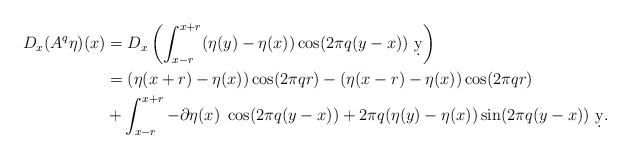
\begin{align*}D_x(A^q\eta)(x) &= D_x\left(\int_{x-r}^{x+r} (\eta(y)-\eta(x))\cos(2\pi q (y-x))\ \d y\right)\\&=(\eta(x+r)-\eta(x))\cos(2\pi q r) - (\eta(x-r)-\eta(x))\cos(2\pi q r)\\&+\int_{x-r}^{x+r} -\partial \eta(x)\ \cos(2\pi q (y-x)) + 2\pi q (\eta(y)-\eta(x))\sin(2\pi q (y-x)) \ \d y.\end{align*}